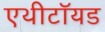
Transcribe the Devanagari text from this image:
एथीटॉयड